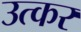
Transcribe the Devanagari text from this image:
उत्कर